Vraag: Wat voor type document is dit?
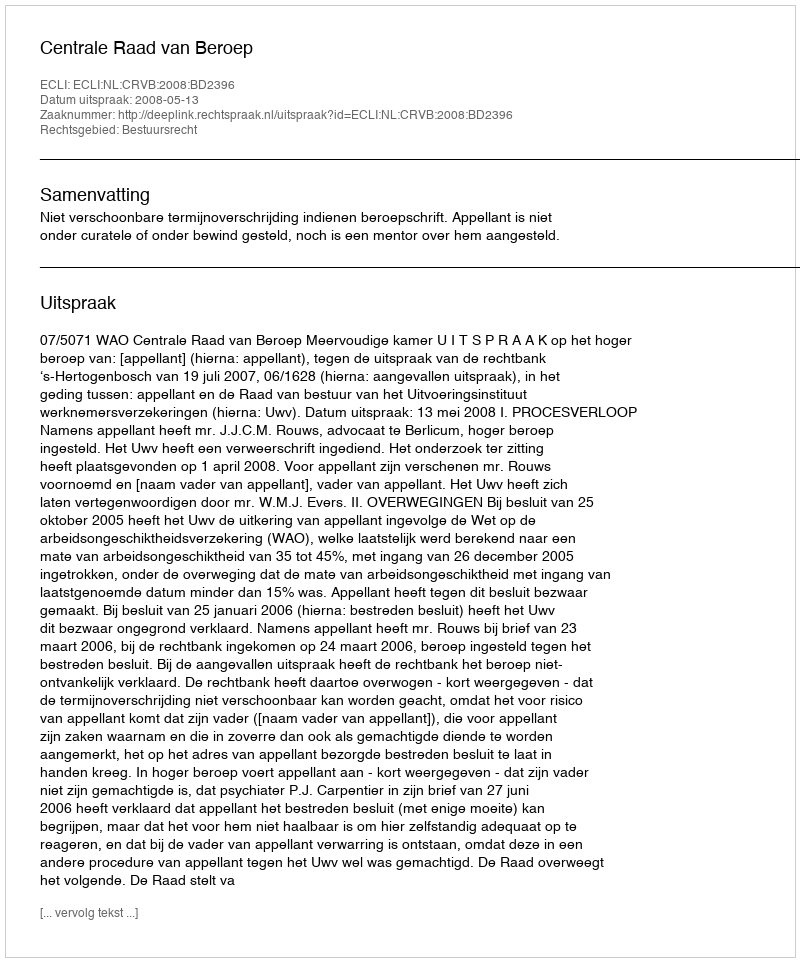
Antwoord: Uitspraak